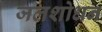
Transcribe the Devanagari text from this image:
जलशोधन